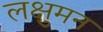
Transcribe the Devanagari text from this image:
लक्षुमन